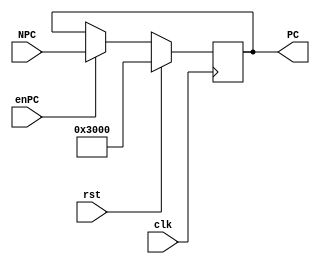
`timescale 1ns / 1ps
module pc(
           input clk,
           input rst,
           input enPC,
           input [31:0] NPC,
           output reg [31:0] PC
       );

initial begin
    PC = 32'h00003000;
end

always @(posedge clk ) begin
    if (rst) begin
        PC <= 32'h00003000;
    end
    else begin
        if(enPC)
            PC <= NPC;
    end
end

endmodule // pc